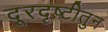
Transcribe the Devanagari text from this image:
दूरदृष्टीतुन